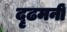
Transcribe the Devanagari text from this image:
दृढमनीं